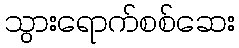
သွားရောက်စစ်ဆေး